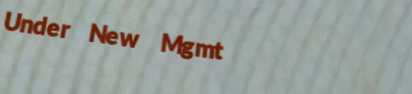
Under New Mgmt